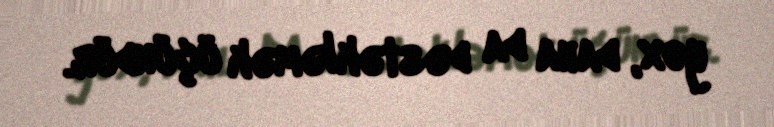
yox, daha da dəstəkləmək üçündür.